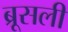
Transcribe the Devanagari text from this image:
ब्रूसली